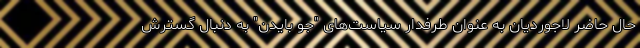
حال حاضر لاجوردیان به عنوان طرفدار سیاست‌های "جو بایدن" به دنبال گسترش